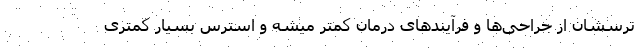
ترسشان از جراحی‌ها و فرآیندهای درمان کمتر میشه و استرس بسیار کمتری